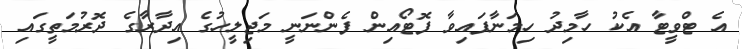
އެ ޓްވީޓާ އެކު ހާމިދު ހިމަނާފައިވާ ފޮޓޯއިން ފެންނަނީ މަޖިލީހުގެ އިދާރާގެ ދޮރުމަތީގައި